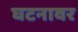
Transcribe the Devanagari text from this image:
घटनावर